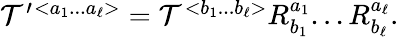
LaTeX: \begin{array}{r}{{\cal T}^{\prime}{}^{<a_{1}...a_{\ell}>}={\cal T}^{<b_{1}...b_{\ell}>}R_{b_{1}}^{a_{1}}...R_{b_{\ell}}^{a_{\ell}}.}\end{array}